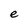
Character: e